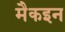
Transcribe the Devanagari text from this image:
मैकइन